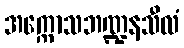
အက္ကောသဘဏ္ဍနသီလံ